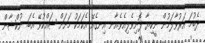
ދެބުމަ އަރުވާލަމުން ނީކިޔާ ފޮނިވެލިއެވެ.އާނ އިނގެއޭ އެކަމަކު މަށަށް ޝައްކުވޭ އެބަ. ނުކްޝާން